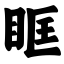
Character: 眶